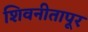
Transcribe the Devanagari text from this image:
शिवनीतापूर